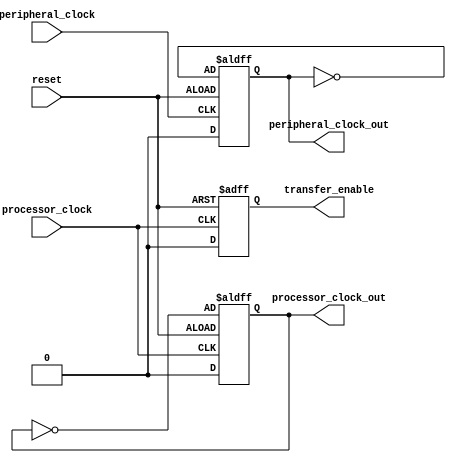
module timing_control_block (
    input wire processor_clock,      // input processor clock signal
    input wire peripheral_clock,     // input peripheral clock signal
    input wire reset,                // input reset signal
    output reg processor_clock_out,  // output processor clock signal
    output reg peripheral_clock_out, // output peripheral clock signal
    output reg transfer_enable       // output transfer enable signal
);

// logic to generate processor clock signal
always @ (posedge processor_clock or negedge reset) begin
    if (reset) begin
        processor_clock_out <= 1'b0;
    end else begin
        processor_clock_out <= ~processor_clock_out;
    end
end

// logic to generate peripheral clock signal
always @ (posedge peripheral_clock or negedge reset) begin
    if (reset) begin
        peripheral_clock_out <= 1'b0;
    end else begin
        peripheral_clock_out <= ~peripheral_clock_out;
    end
end

// logic to manage data transfer timings
always @ (posedge processor_clock or negedge reset) begin
    if (reset) begin
        transfer_enable <= 1'b0;
    end else begin
        transfer_enable <= 1'b1;
    end
end

endmodule